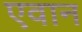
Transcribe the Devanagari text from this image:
एवान